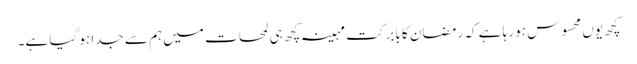
کچھ یوں محسوس ہو رہا ہے کہ رمضان کا بابرکت مہینہ کچھ ہی لمحات میں ہم سے جدا ہو گیا ہے۔